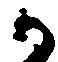
か